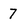
Character: 7